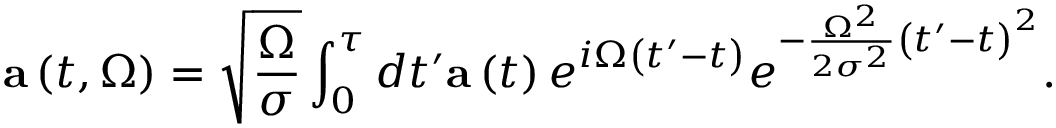
\mathbf { a } \left( t , \Omega \right) = \sqrt { \frac { \Omega } { \sigma } } \int _ { 0 } ^ { \tau } d t ^ { \prime } \mathbf { a } \left( t \right) e ^ { i \Omega \left( t ^ { \prime } - t \right) } e ^ { - \frac { \Omega ^ { 2 } } { 2 \sigma ^ { 2 } } \left( t ^ { \prime } - t \right) ^ { 2 } } .